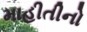
માહીતીનો